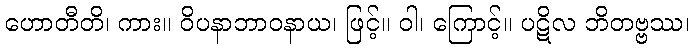
ဟောတီတိ၊ ကား။ ဝိပနာဘာဝနာယ၊ ဖြင့်။ ဝါ၊ ကြောင့်။ ပဋိလ ဘိတဗ္ဗဿ၊